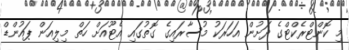
މި ކޮންޓްރެކްޓްގެ ދަށުން އަހަރަކު މުސާރައިގެ ގޮތުގައި އެޓޫއަށް ހަތް މިލިއަން ޕައުންޑް